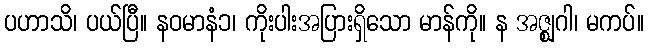
ပဟာသိ၊ ပယ်ပြီ။ နဝမာနံ၁၊ ကိုးပါးအပြားရှိသော မာန်ကို။ န အဇ္ဈဂါ၊ မကပ်။